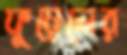
ফুয়েলের